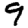
Digit: 9